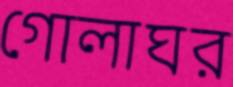
গোলাঘর